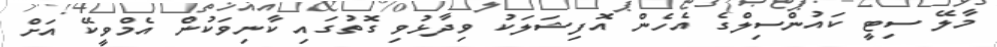
މާލޭ ސިޓީ ކައުންސިލްގެ އެހެން އޮފިޝަލަކު ވިދާޅުވި ގޮތުގައި ކާނިވަކުން އެމްވީކޭ އަށް